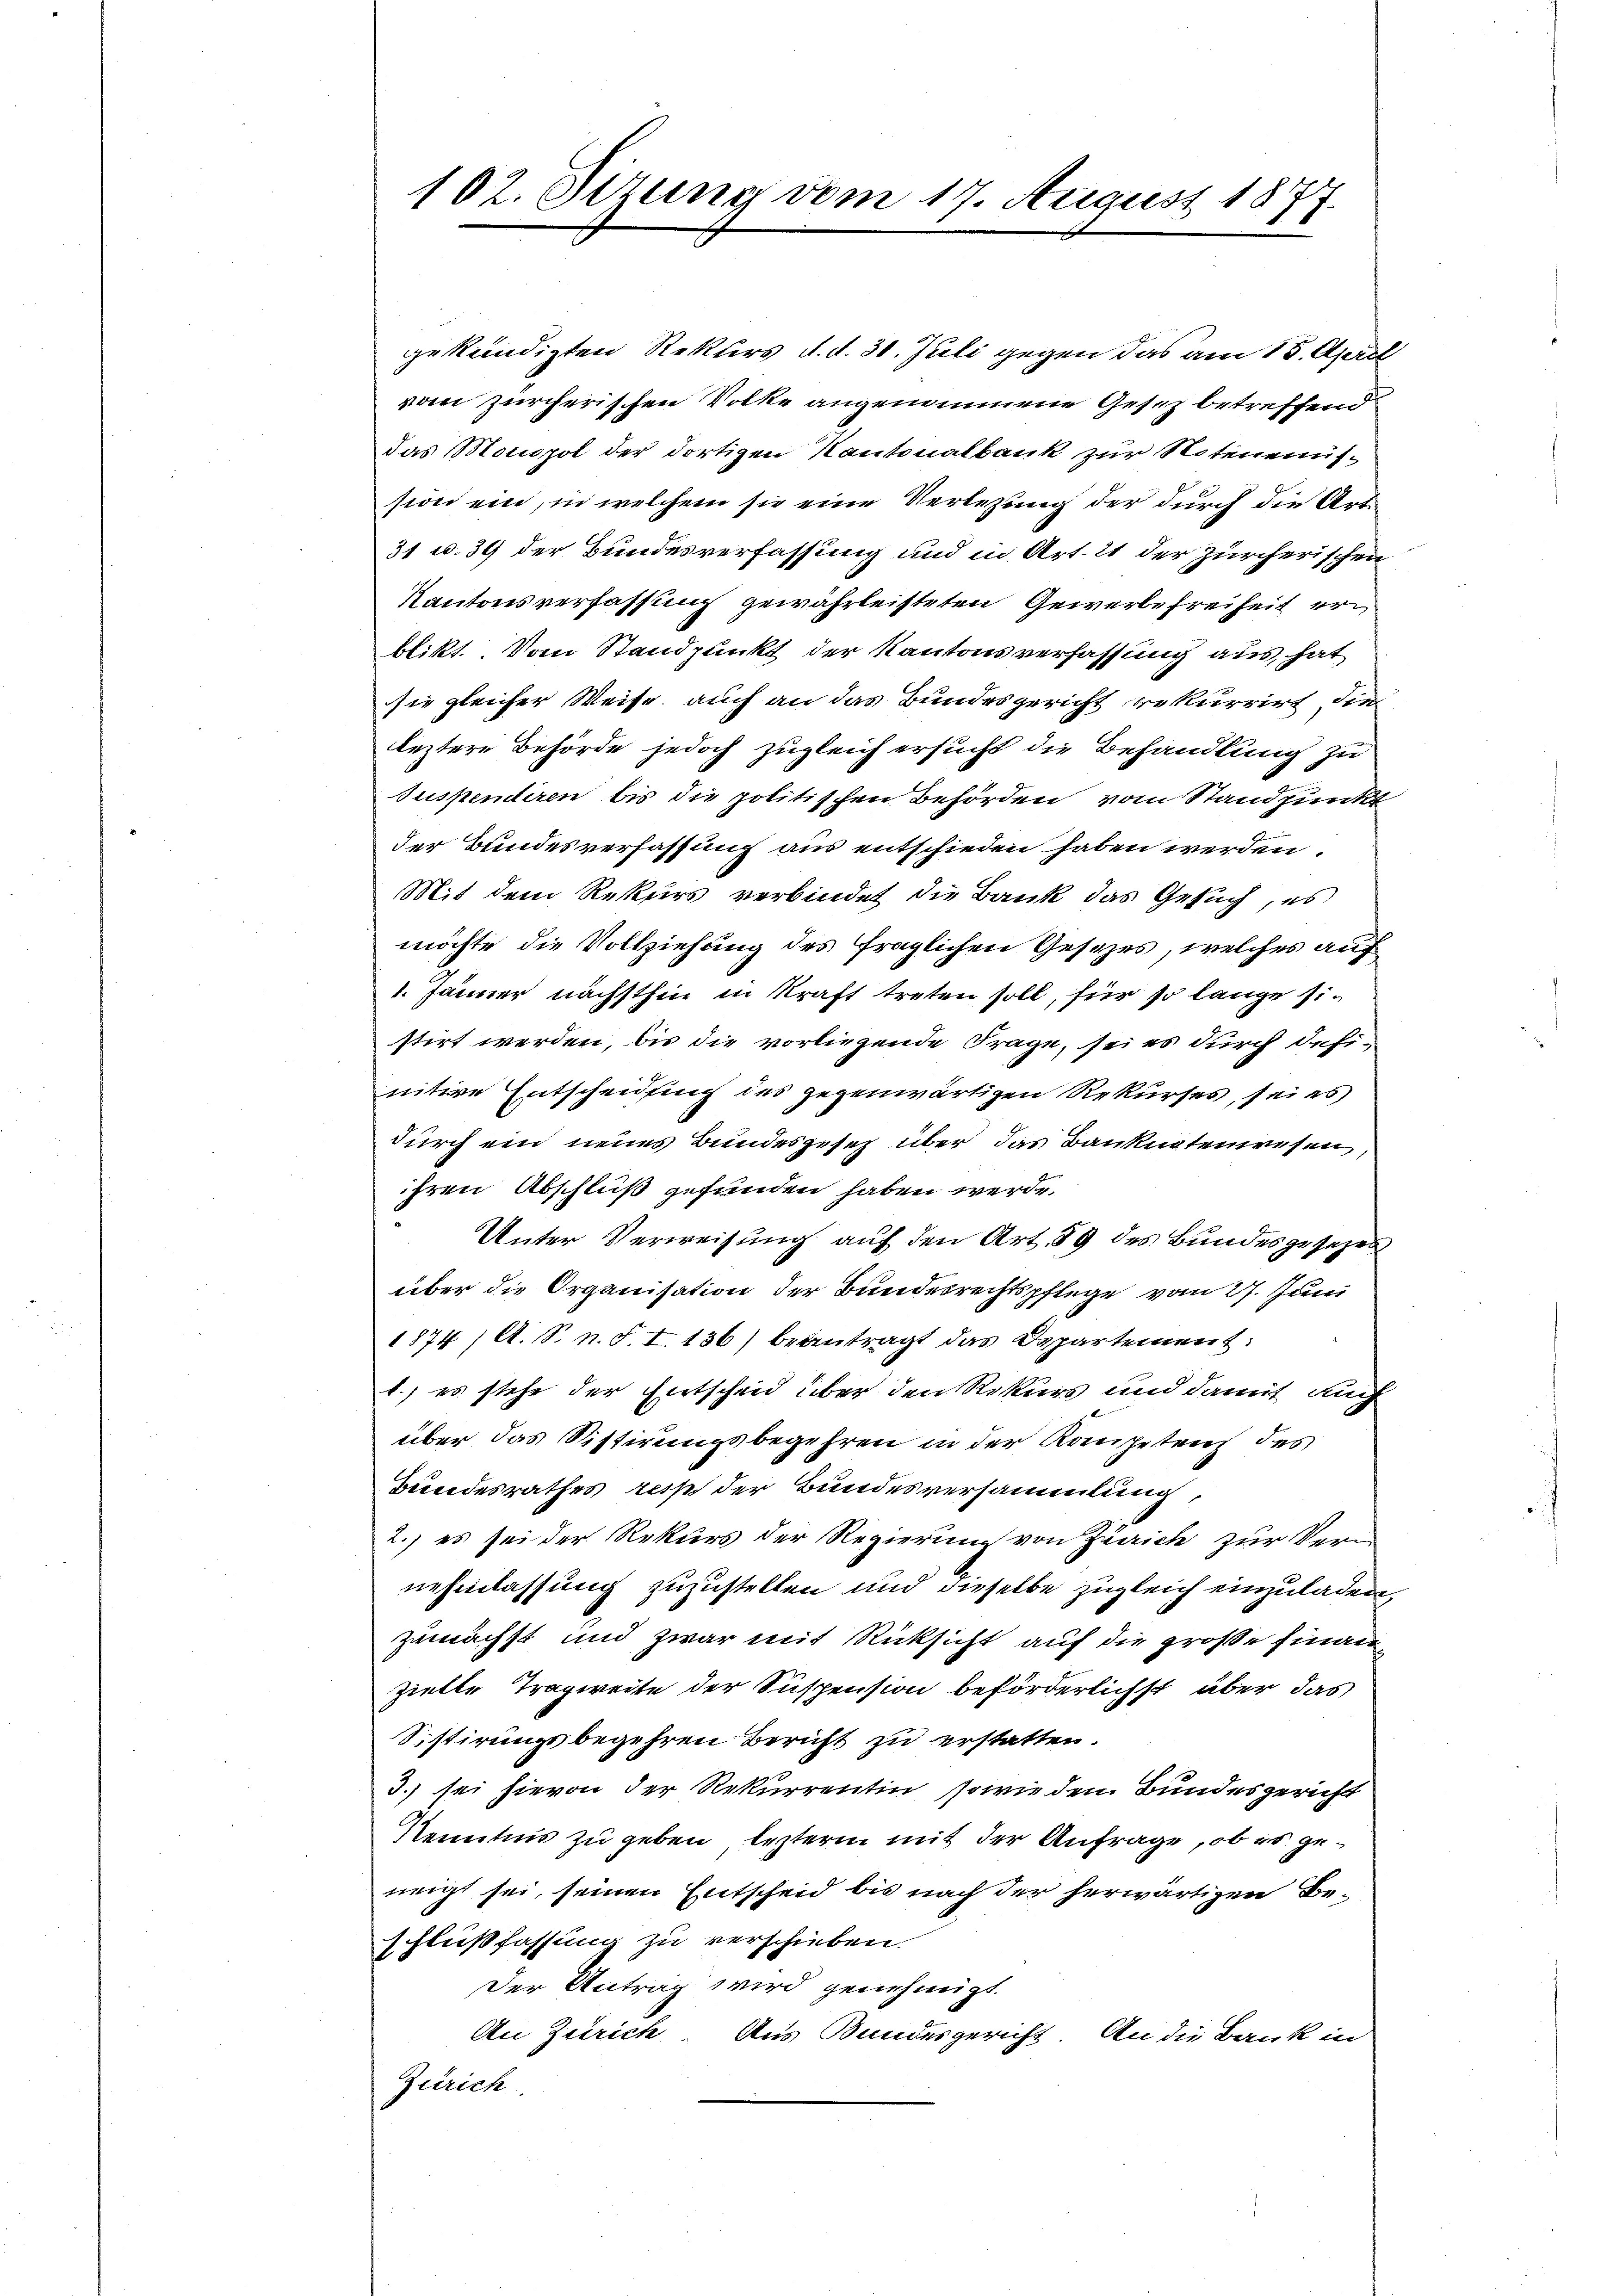
102. Sizung vom 17. August 1877.

gekündigten Rekurs d. d. 31. Juli gegen das am 15. April
vom zürcherischen Volke angenommene Gesetz betreffend
Das Monopol der dortigen Kantonalbank zur Notenenssion ein, in welchem sie eine Verlegung der durch die Arti¬
31 u. 39 der Bundesverfassung und in Art. 21 der Zürcherischen
Kantonsverfassung gewährleisteten Gewerbefreiheit erblikt. Vom Standpunkt der Kantonsverfassung aus, hat
sie gleicher Weise, auch an das Bundesgericht rekurrirt, die
leztere Behörde jedoch zugleich ersucht die Behandlung zu
Suspendiren bis die politischen Behörden vom Standpunkt
der Bundesverfassung aus entschieden haben werden.
Mit dem Rekurs verbindet die Bank das Gesuch, es
möchte die Vollziehung des fraglichen Gesezes, welches auf
1. Jänner nächsthin in Kraft treten soll, für so lange sistirt werden, bis die vorliegende Frage, sei es durch defi-
iitere Entscheidung des gegenwärtigen Rekurses, sei es
durch ein neues Bundesgesez über das Banknotenwesen,
ihren Abschluß gefunden haben werde.
Unter Verweisung auf den Art. 59 des Bundesgesehen
über die Organisation der Bundesrechtspflege vom 27. Juni
1874, A. S. n. F. I. 136) beantragt das Departement:
1.) es stehe der Entscheid über den Rekurs und damit auch
über das Vistirungsbegehren in der Kompeten des
Bundesrathes resp der Bundesversammlung,
2.) es sei der Rekurs der Regierung von Zürich zur Veru
nehmlassung zuzustellen und dieselbe zugleich einzuladen,
zunächst und zwar mit Rücksicht auf die große Finanzielte Tragweite der Suspension beförderlichst über das
Sistirungsbegehren Bericht zu erstatten.
3.) sei hievon der Rekurrentin, sowie den Bundesgericht
Kenntnis zu geben, lezterm mit der Anfrage, ob es geneigt sei, seinen Entscheid bis nach der herwärtigen Beschlußfassung zu verschieben.
Der Antrag wird genehmigt.
An Zürich Aus Bundesgericht. An die Bank in
Zürich